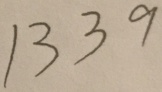
1 3 3 9